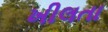
ખીલતા